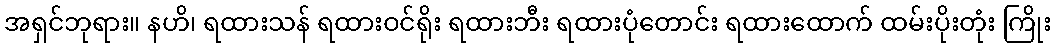
အရှင်ဘုရား။ နဟိ၊ ရထားသန် ရထားဝင်ရိုး ရထားဘီး ရထားပုံတောင်း ရထားထောက် ထမ်းပိုးတုံး ကြိုး